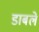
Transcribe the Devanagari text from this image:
डाबले